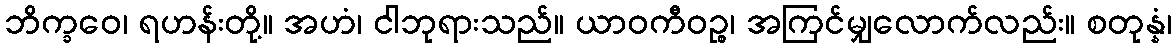
ဘိက္ခဝေ၊ ရဟန်းတို့။ အဟံ၊ ငါဘုရားသည်။ ယာဝကီဝဉ္စ၊ အကြင်မျှလောက်လည်း။ စတုန္နံ၊